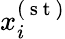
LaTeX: x_{i}^{(\mathrm{~s~t~})}